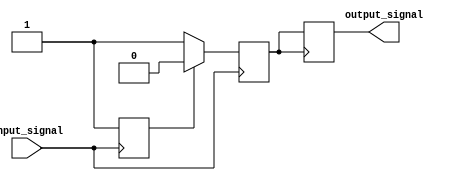
module voltage_level_shifter (
    input wire input_signal,
    output wire output_signal
);

    reg input_voltage_level;
    reg output_voltage_level;

    // Detect input voltage level
    always @ (posedge input_signal) begin
        if(input_signal == 1'b0) begin
            input_voltage_level <= 1'b0;
        end else begin
            input_voltage_level <= 1'b1;
        end
    end

    // Perform level shifting operations
    always @ (posedge input_signal) begin
        if(input_voltage_level == 1'b0) begin
            // Level shifting logic for low voltage
            // Insert your level shifting logic here
            output_voltage_level <= 1'b1;
        end else begin
            // Level shifting logic for high voltage
            // Insert your level shifting logic here
            output_voltage_level <= 1'b0;
        end
    end

    // Provide clean, stable output signal
    always @ (posedge output_voltage_level) begin
        output_signal <= output_voltage_level;
    end

endmodule